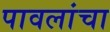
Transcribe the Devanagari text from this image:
पावलांचा